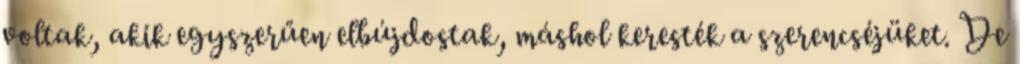
voltak, akik egyszerűen elbújdostak, máshol keresték a szerencséjüket. De